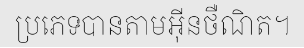
ប្រភេទបានតាមអ៊ីនថឺណិត។